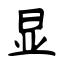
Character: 显